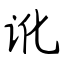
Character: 讹